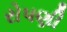
રોપણી